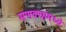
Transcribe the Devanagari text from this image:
मणक्यांमध्ये